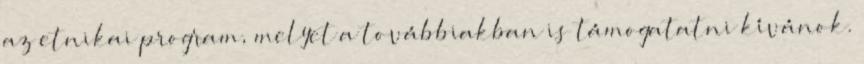
az etnikai program, melyet a továbbiakban is támogatatni kívánok.